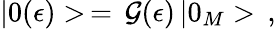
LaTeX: |0(\epsilon)>\, =\, \mathcal{G}(\epsilon)\, |0_{M}>\, {,}